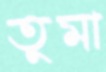
তুমা